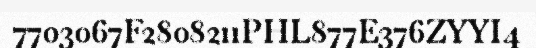
7703067F2808211PHL877E376ZYYI4